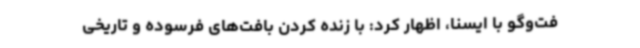
فت‌وگو با ایسنا، اظهار کرد: با زنده کردن بافت‌های فرسوده و تاریخی